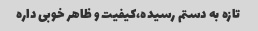
تازه به دستم رسیده،کیفیت و ظاهر خوبی داره